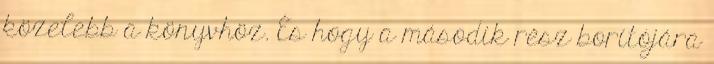
közelebb a könyvhöz. És hogy a második rész borítójára